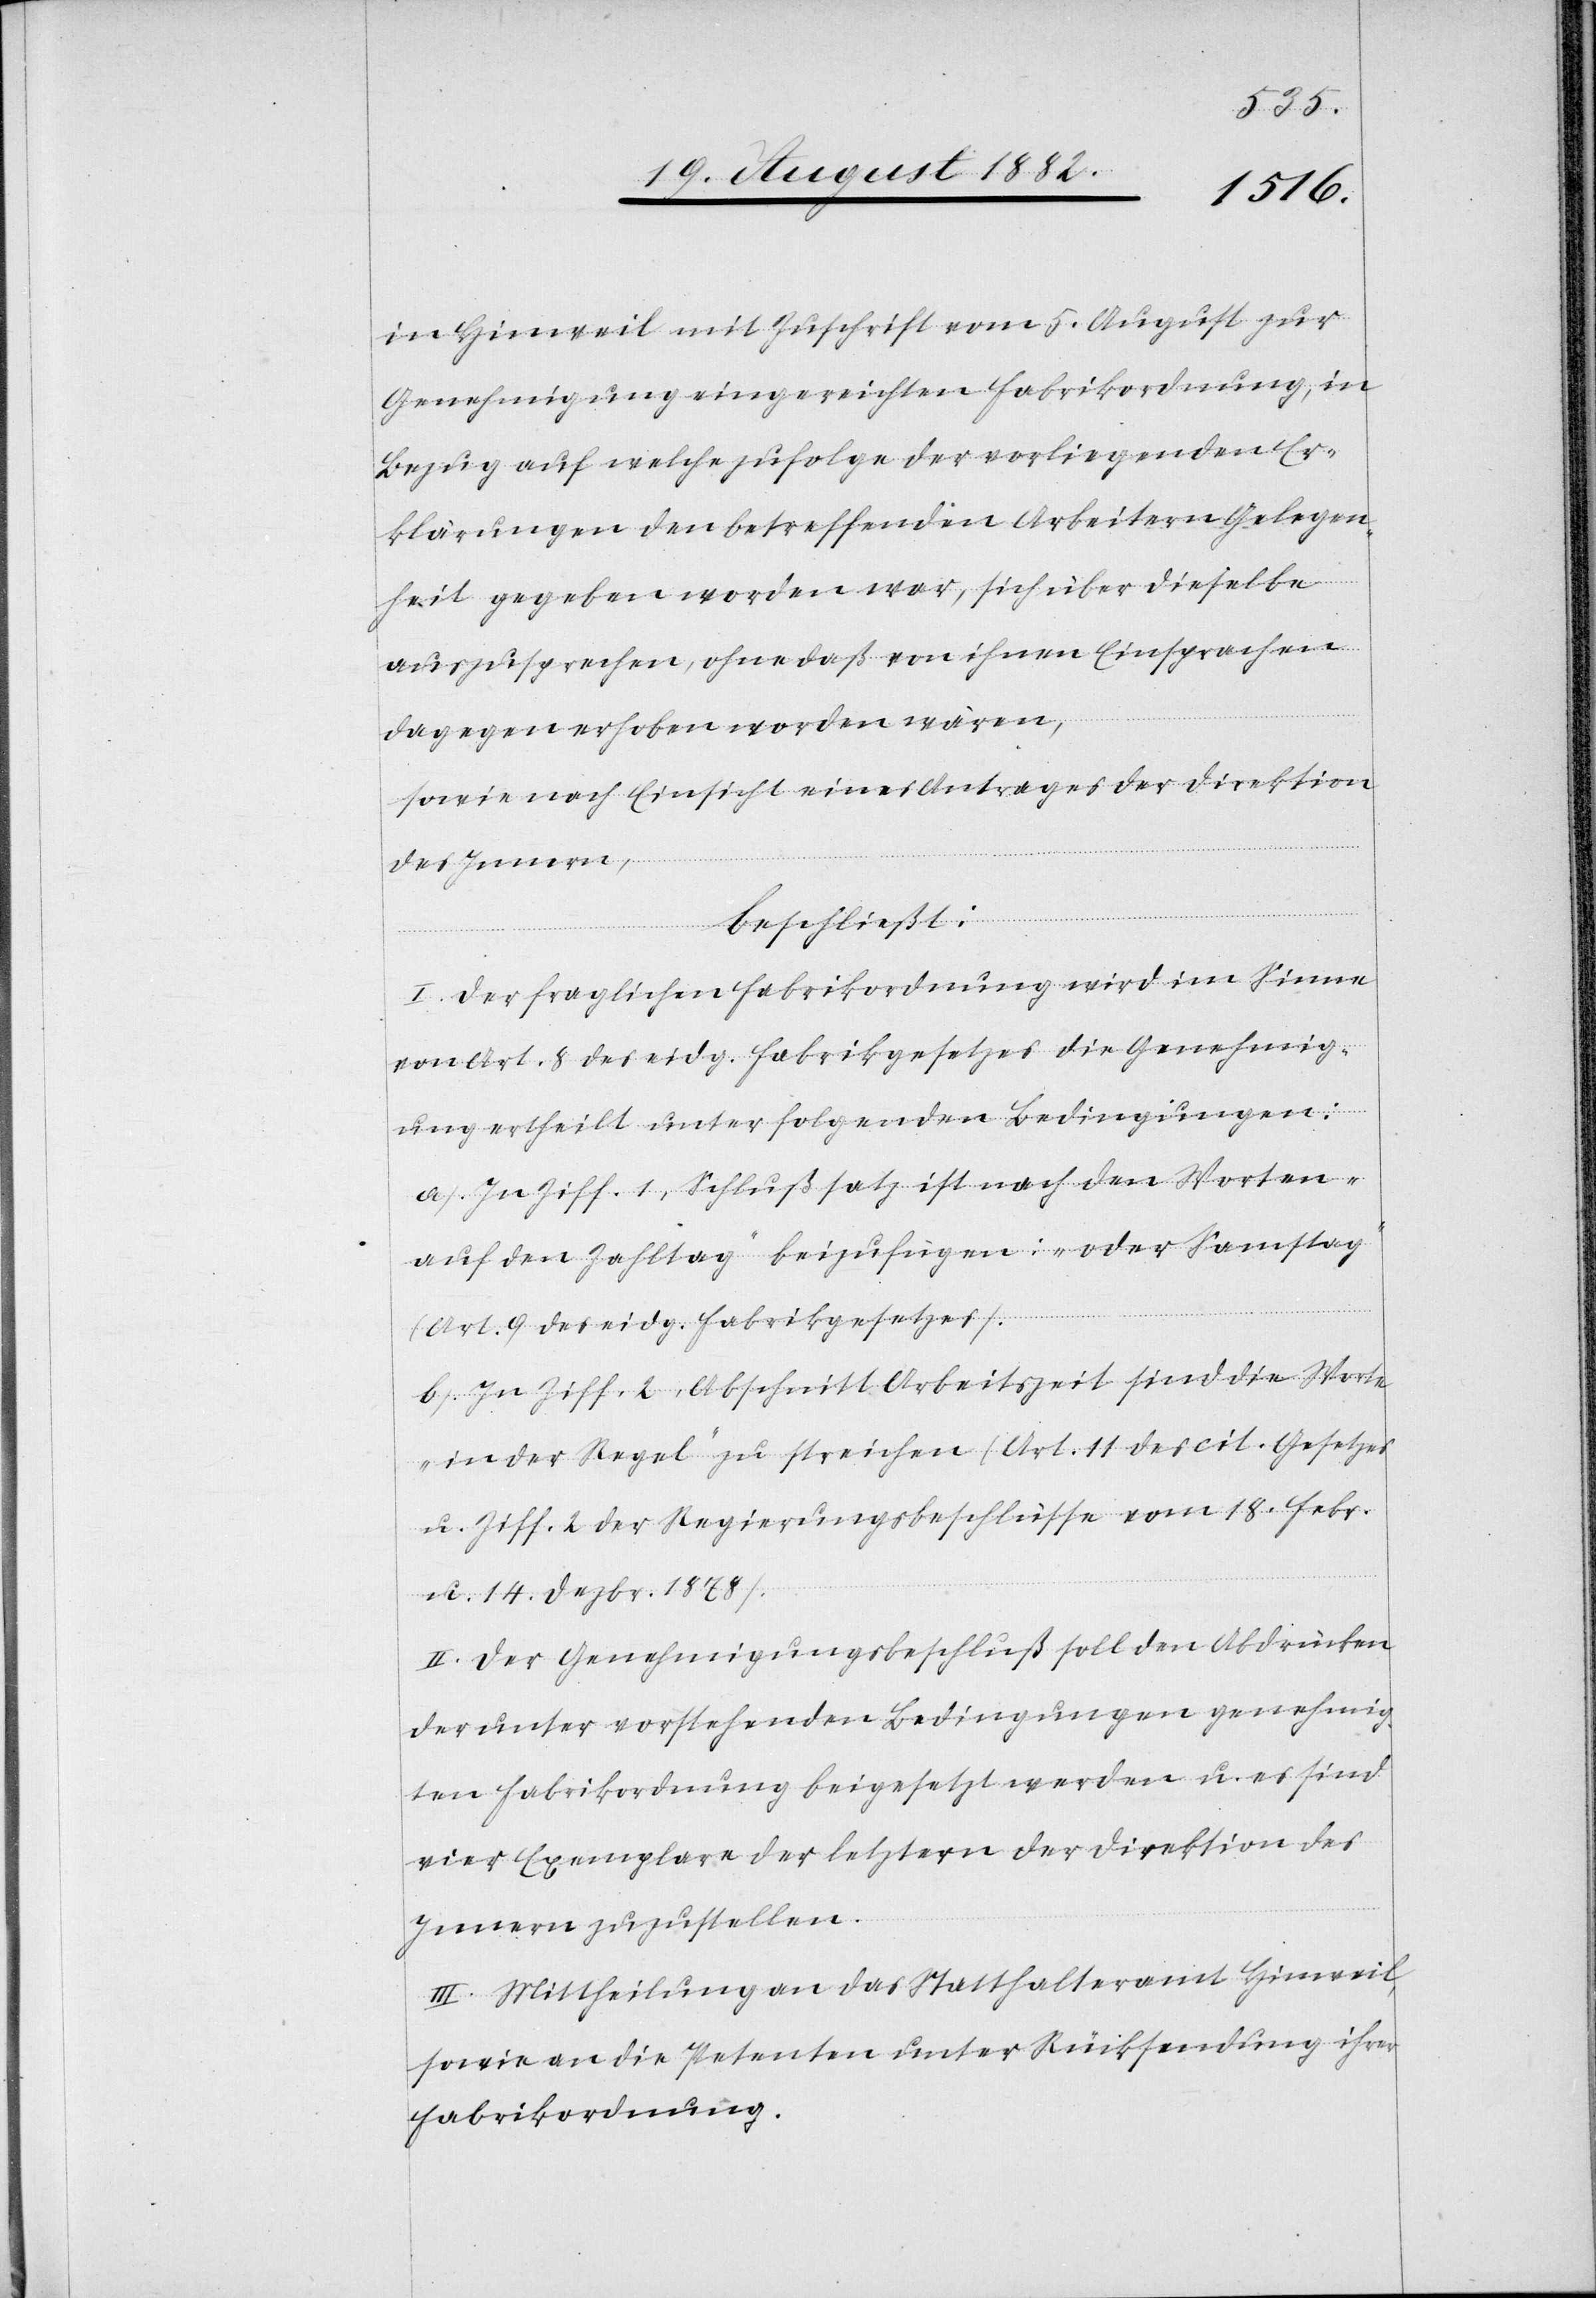
in Hinweil mit Zuschrift vom 5. August zur
Genehmigung eingereichten Fabrikordnung, in
Bezug auf welche zufolge der vorliegenden Er¬
klärungen den betreffenden Arbeitern Gelegen¬
heit gegeben worden war, sich über dieselbe
auszusprechen, ohne daß von ihnen Einsprachen
dagegen erhoben worden wären,
sowie nach Einsicht eines Antrages der Direktion
des Innern,
beschließt:
I. Der fraglichen Fabrikordnung wird im Sinne
von Art. 8 des eidg. Fabrikgesetzes die Genehmig¬
ung ertheilt unter folgenden Bedingungen:
a) In Ziff. 1, Schlußsatz ist nach den Worten
„auf den Zahltag“ beizufügen: „oder Samstag“
(Art. 9 des eidg. Fabrikgesetzes).
b) In Ziff. 2, Abschnitt Arbeitszeit sind die Worte
„in der Regel“ zu streichen (Art. 11 des cit. Gesetzes
u. Ziff. 2 der Regierungsbeschlüsse vom 18. Febr.
u. 14. Dezbr. 1878).
II. Der Genehmigungsbeschluß soll den Abdrücken
der unter vorstehenden Bedingungen genehmig¬
ten Fabrikordnung beigesetzt werden u. es sind
vier Exemplare der letztern der Direktion des
Innern zuzustellen.
III. Mittheilung an das Statthalteramt Hinweil,
sowie an die Petenten unter Rücksendung ihrer
Fabrikordnung.